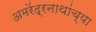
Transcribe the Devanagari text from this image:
अमरेंद्रनाथांच्या